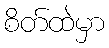
စိတ်ထဲမှာ